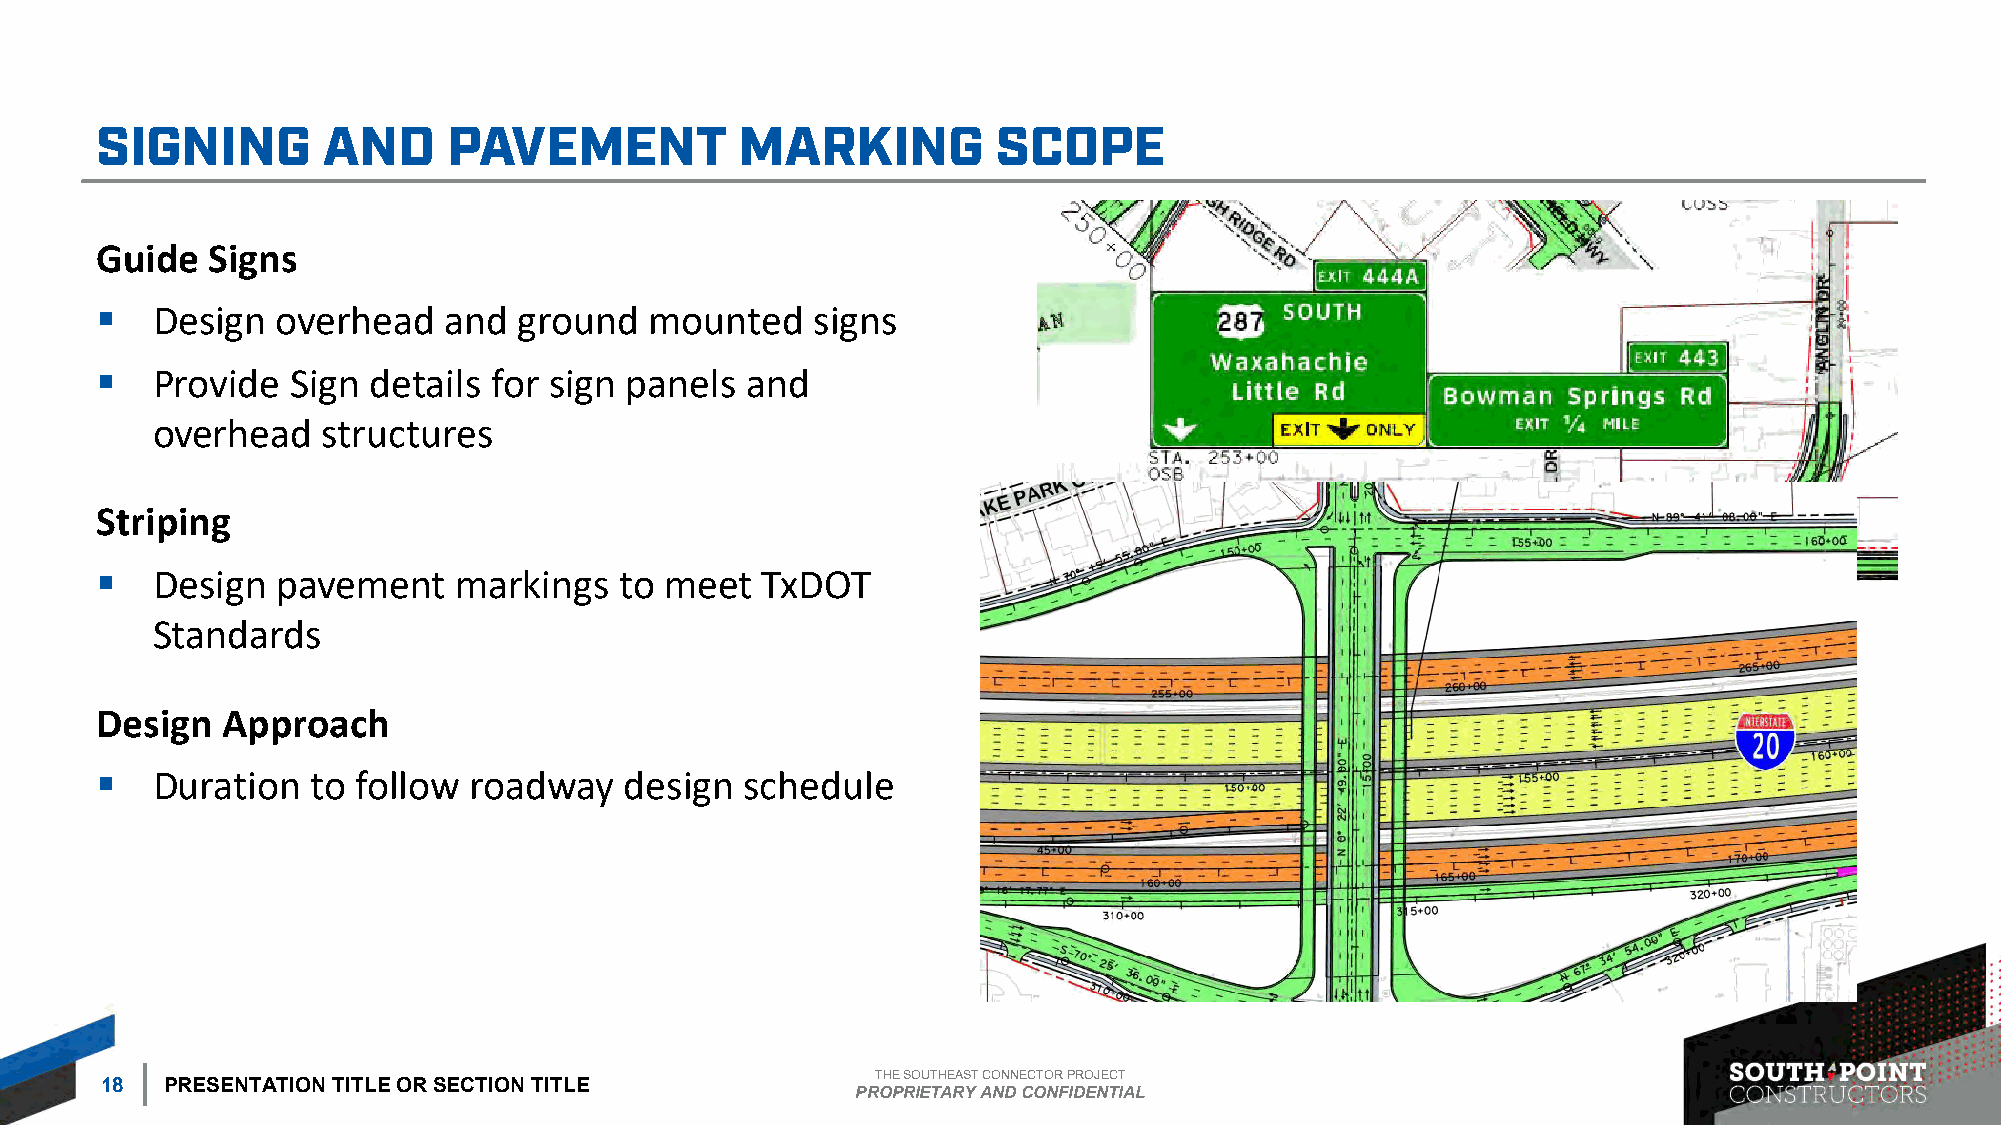
Guide   Signs
 ▪   Design  overhead   and  ground   mounted    signs
 ▪   Provide  Sign details for sign panels  and
 overhead   structures
 Striping
 ▪   Design  pavement    markings   to meet  TxDOT
 Standards
 Design   Approach
 ▪   Duration   to follow roadway   design  schedule
 THE SOUTHEAST CONNECTOR PROJECT
 18  PRESENTATION TITLE OR SECTION TITLE
 PROPRIETARY AND CONFIDENTIAL